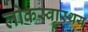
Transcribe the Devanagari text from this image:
लोकस्वास्थय